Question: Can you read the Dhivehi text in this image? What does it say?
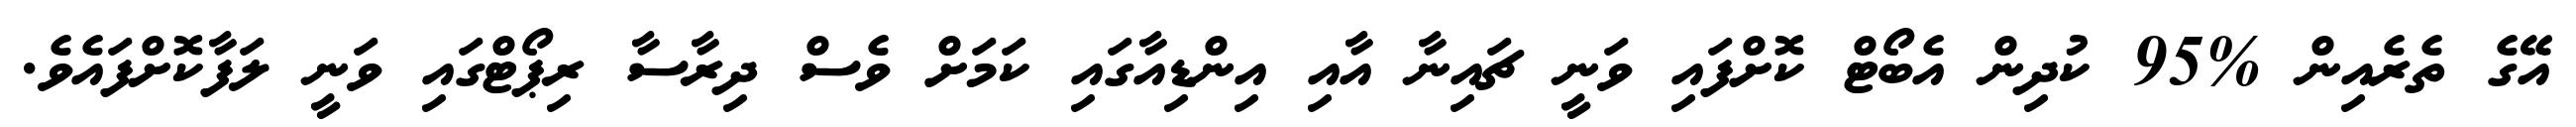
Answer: އޭގެ ތެރެއިން %95 ކުދިން އެބޯޓް ކޮށްފައި ވަނީ ޗައިނާ އާއި އިންޑިއާގައި ކަމަށް ވެސް ދިރާސާ ރިޕޯޓްގައި ވަނީ ލަފާކޮށްފައެވެ.